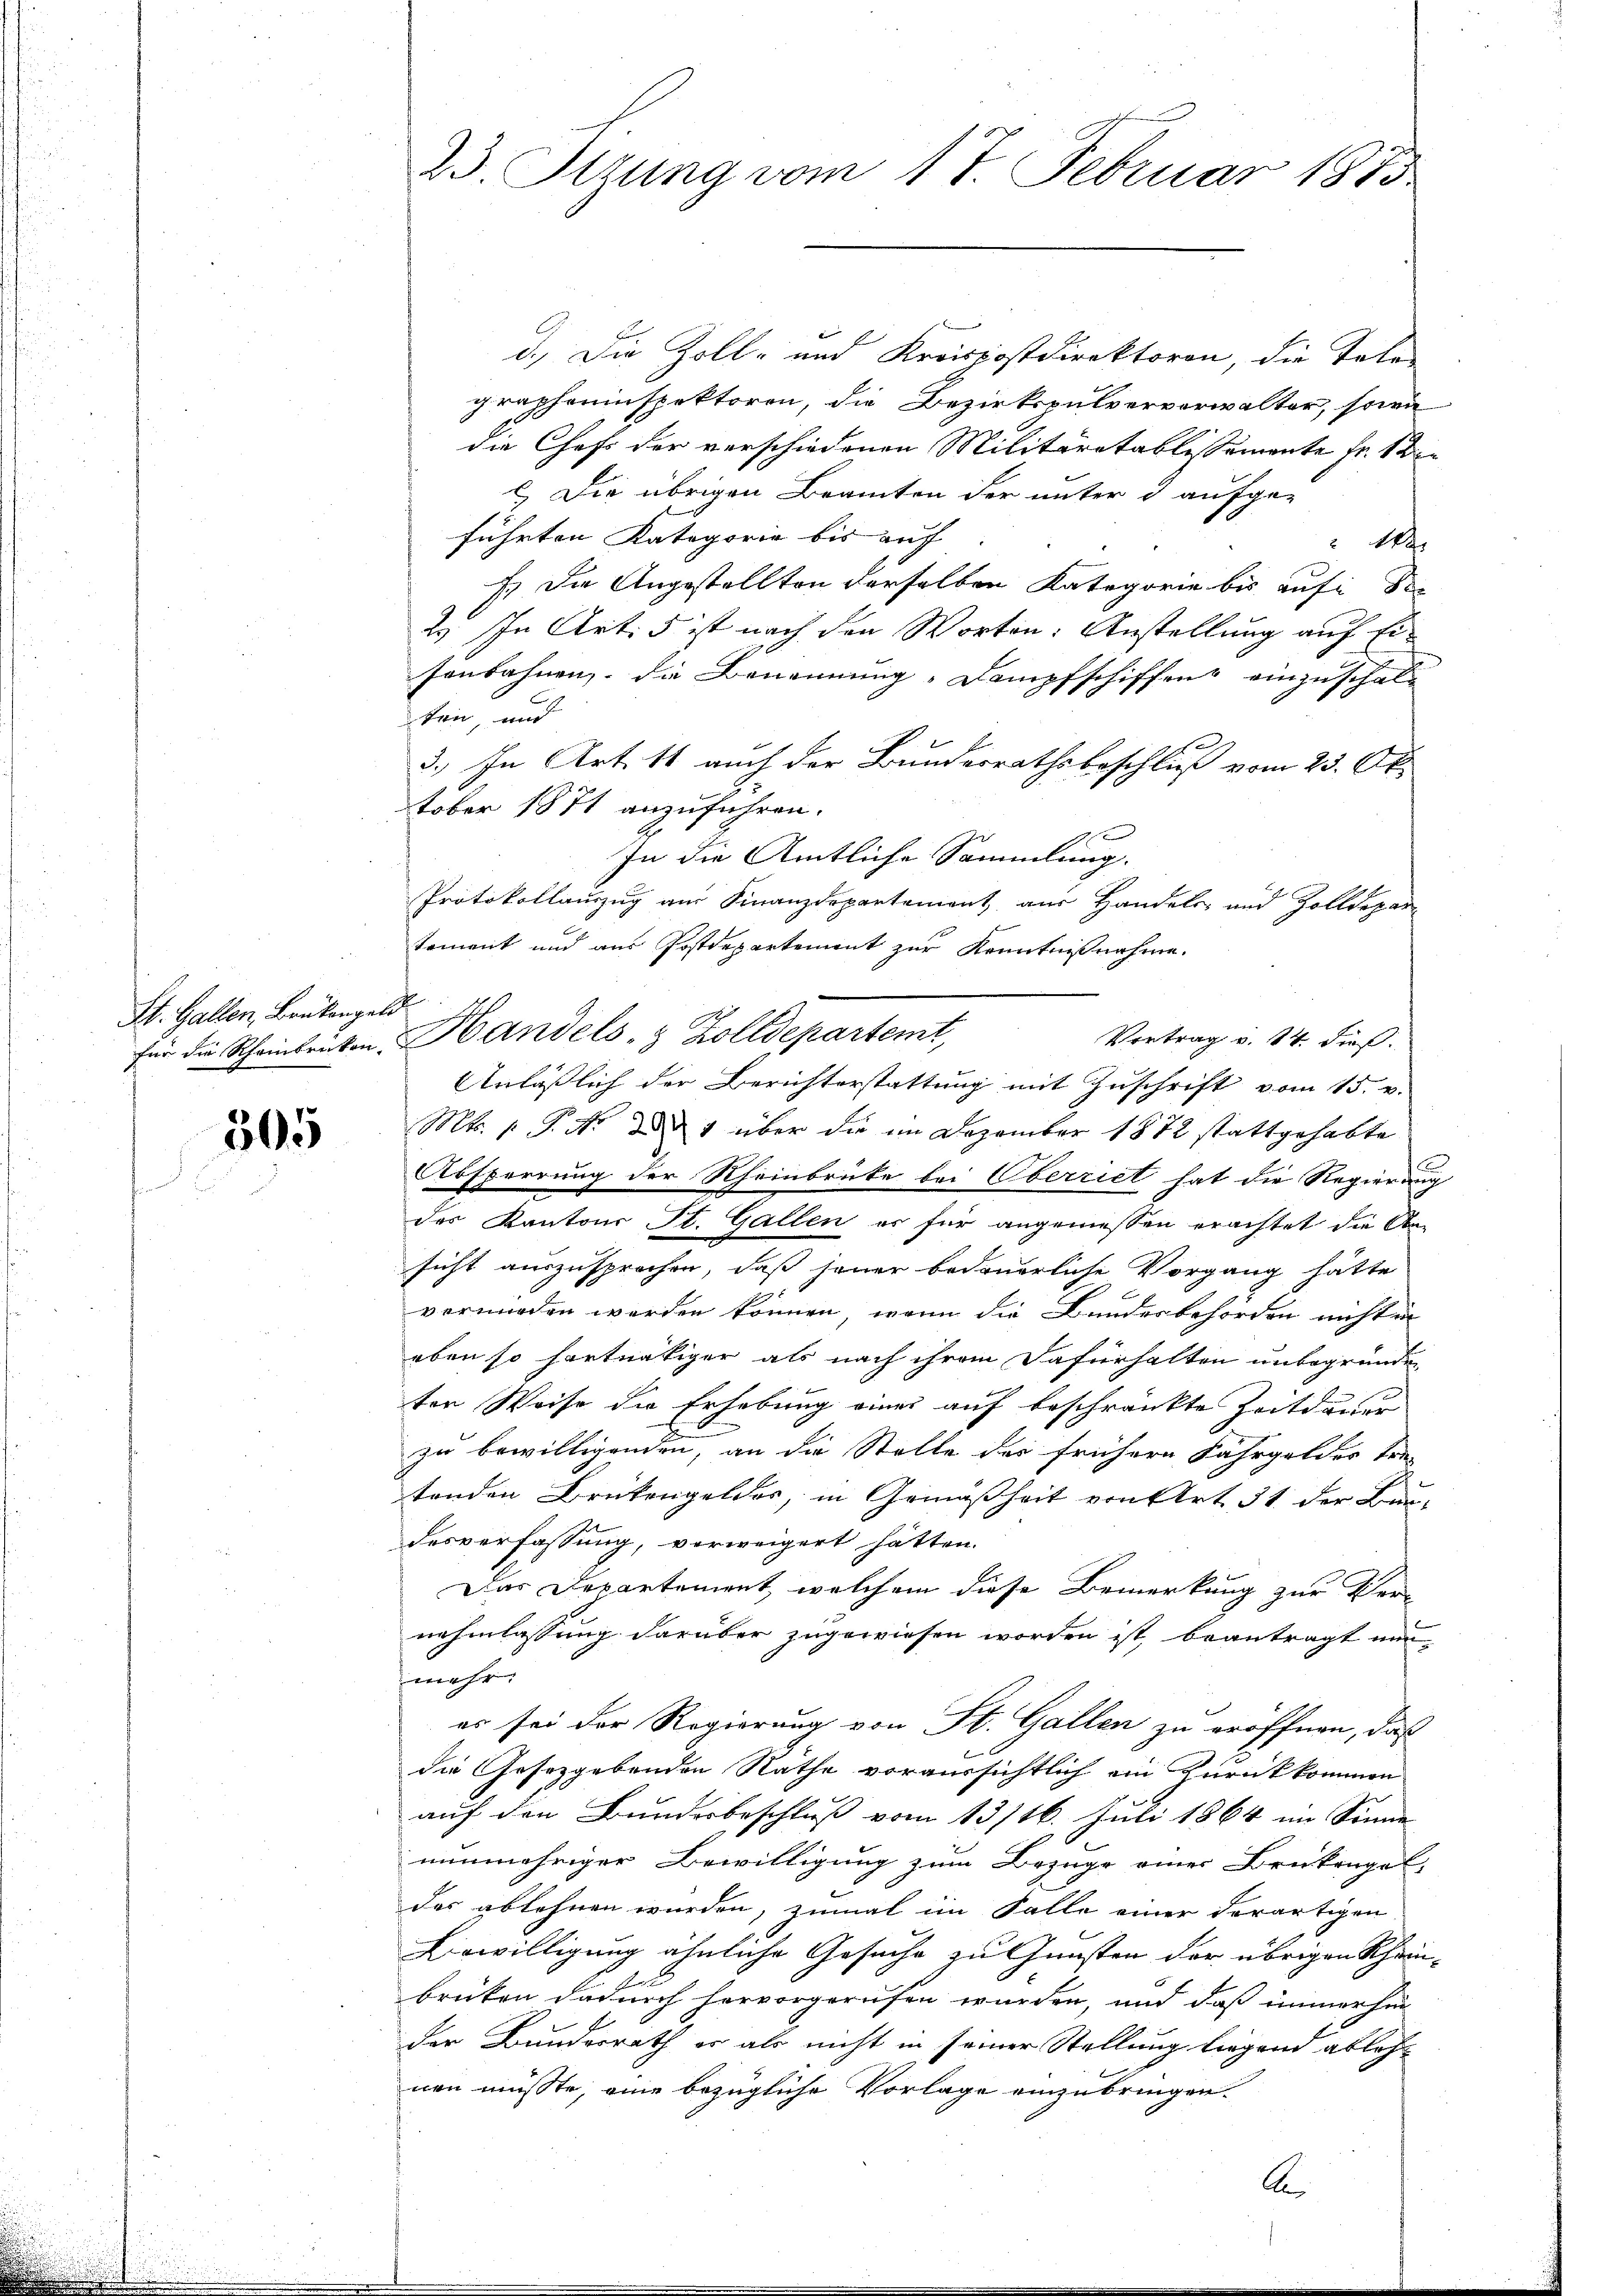
St. Gallen, Bankengeld.

305

d.) Die Zoll- und Kreiskostdirektoren, die Tote
grapheninspektoren, die Bezirkspulververwalter, soien
die Chefs der verschiedenen Militäratablissemente Fr. 1 ten
 Die übrigen Beamten der unter d aufge-
führten Kategorie bis auf
1
f. Die Angestellten derselben Kategorie bis auf de
2) In Artis ist nach den Worten: Anstellung auf Ei¬
Tonbahnen, die Benennung "Dampfschiffend einzuschalten, und
3.) In Art. 11 auch der Bundesrathsbeschluß vom 23. Ok-
tober 1871 anzuführen.
x
In die Amtliche Sammlung.
Protokollauszug am Finanzdepartement aus Handels- und Zolldepar
tement und aus Postdepartement zur Kenntnißnahme.
Vortrag v. 14. dieß.
Anläßlich der Berichterstattung mit Zuschrift vom 15. v.
Mt. P. Nr. 1 über die im Dezember 1872 stattgehabte
Absperrung der Rheinbrücke bei Oberriet hat die Regierung
des Kantons St. Gallen es für angemessen erachtet die A
sicht auszusprochen, daß jener bedauerliche Vorgang hätte
vermorden werden können, wenn die Bundesbehörden nicht in
eben so hartnätiger als nach ihrem Dafürhalten unbegründe,
ter Weise die Erhebung eines auf beschränkte Zeitdauer
zu bewilligenden, an die Stelle des frühere Fahrgelder tre
tenden Brükengeldes, in Gemäßheit von Art. 31 der Bun
desverfassung, vorweigert hätten.
Das Departement, welchem diese Bemerkung zur Ver-
nehmlassung darüber zugewiesen worden ist, beantragt nun-
mehr.
es sei der Regierung von St. Gallen zu eröffnen, daß
die Gesetzgebenden Räthe voraussichtlich ein Zurückkommen
b
auf den Bundesbeschluß vom 13/16. Juli 1864 im Sinne
nunmehriger Bewilligung zum Bezuge einer Brükengel-
das ablehnen wurden, zumal im Falle einer derartigen
Einwilligung ähnliche Gesuche zu Gunsten der übrigen Khän-
brüken dadurch hervorgerufen wurden, und daß immerhin
der Bundesrath er als nicht in seiner Stellung liegen ablehnen müsste, eine bezügliche Vorlage einzubringen.
A

23. Stzung vom 17. Februar 1885

für die Scheinleiten Handels- & Zolldepartemt,